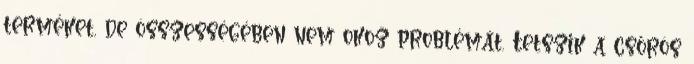
terméket, de összességében nem okoz problémát. Tetszik a csőrös